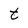
Character: t